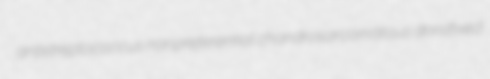
antistreptococcus nonpreferential chondrosarcomatous dorsifixed